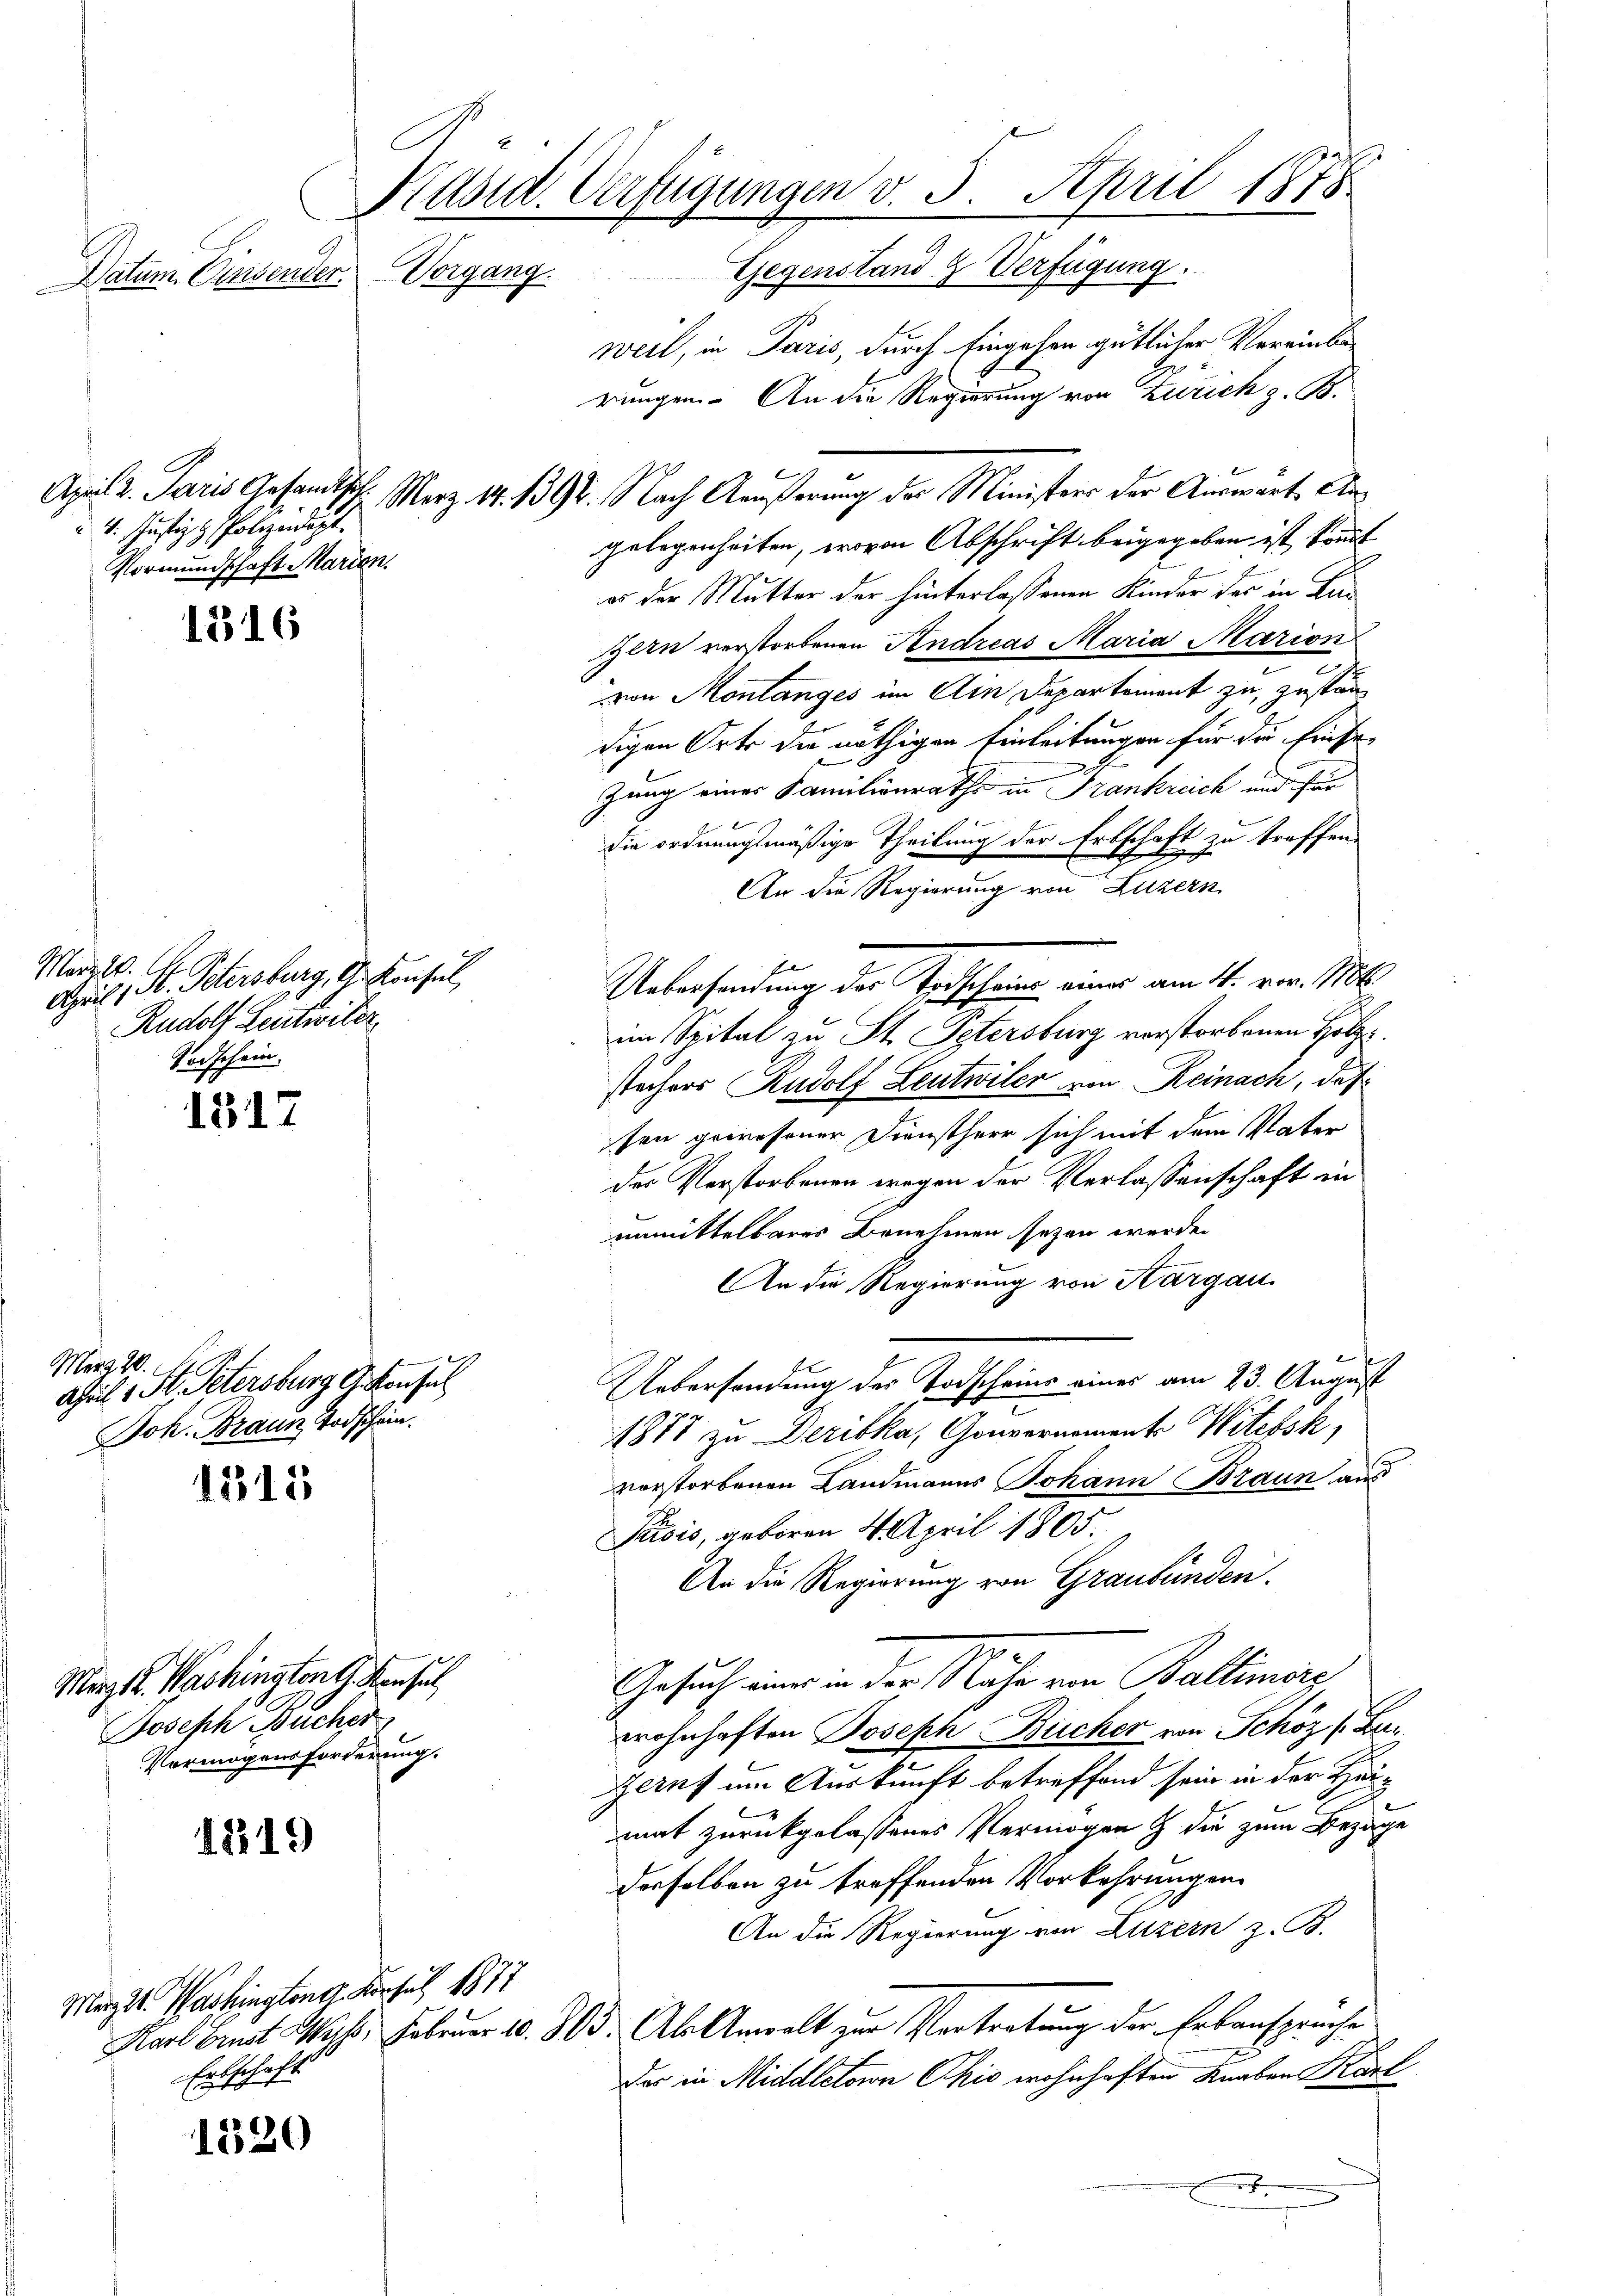
4. Justiz & Polizeidigt.
Vormundschaft Marien.

1316

Marz. W. 1.
Bil, St. Petersburg, St. Konsul,
Rudolf Leutwiter.
Todschein.

1317

März 10.
April 1 St. Petersburg G. Konsul
Joh. Braun Todschein.

1315

1219

1520

Präsid. Verfügungen v. 5. April 1878
Gegenstand 2 Verfügung.
Datum. Einsender. Vorgang.

Marzt. Washington G. Konsul
Joseph Bucher
Vermögensforderung.

15
weil, in Jaris, durch Eingehen gütlicher Vereinberungen. An die Regierung von Zürich z. B.
gelegenheiten, wovon Abschrift beigegeben ist kommt
er der Mutter der hinterlassenen Kinder des in Kin
zern verstorbenen Andreas Maria Marion
e
von Montanges im Ain Departement zu, zuständigen Orte die nöthigen Einleitungen für die Einse-
e
zung eines Familienraths in Frankreich und für
die ordnungsmäßige Theilung der Erbschaft zu treffen.
An die Regierung von Luzern
Uebersendung der Todtscheine einer am 11. vor. Mt
im Spital zu St. Petersburg verstorbenen Holzstechers Rudolf Leutwiler von Reinach, daß
sen gewesener Dienstherr sich mit dem Vater
der Verstorbenen wegen der Verlassenschaft in
unmittelbares Benehmen sezen werden
An die Regierung von Thurgau.
Uebersendung der Todscheins eines am 23. August
1877 zu Deribka, Gouvernomente Witebsk,
verstorbenen Landmanns Johann Braun aus
Pardis, geboren 4 April 1805
An die Regierung von Graubünden.
Gesuch einer in der Nähe von Ballimeng
wohnhaften Joseph Bücher von Schöz (Bu¬
Gerns um Auskunft betreffend sein in der Haup
mat zurückgelassenes Vermögen & die zum Bezage
derselben zu treffenden Vorkehrungen
An die Regierung von Luzern z. B.
Karl bemit Wyss. Februar 10. 803. Als Anwalt zur Vertretung der Erbanspruche
Das in Middletorn Chio wohnhaften Knaben Karl
h

Marzt. Washingtoner Konsul 1877
Erbschaft

April 2. Paris Gesandtsch. Merz 17. 1392. Nach Außerung der Ministers der Auswart An¬